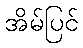
အိမ်ပြင်